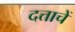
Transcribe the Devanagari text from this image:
दत्ताचें